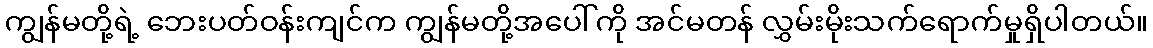
ကျွန်မတို့ရဲ့ ဘေးပတ်ဝန်းကျင်က ကျွန်မတို့အပေါ်ကို အင်မတန် လွှမ်းမိုးသက်ရောက်မှုရှိပါတယ်။